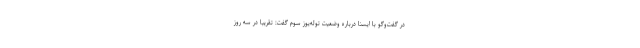
در گفت‌وگو با ایسنا درباره وضعیت توله‌یوز سوم گفت: تقریبا در سه روز